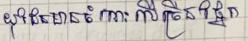
យុវជនមានចំណេះលើច្រើនផ្នែក